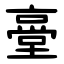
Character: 㙶